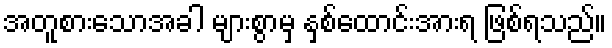
အတူစားသောအခါ များစွာမှ နှစ်ထောင်းအားရ ဖြစ်ရသည်။